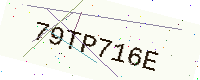
Text: 79TP716E